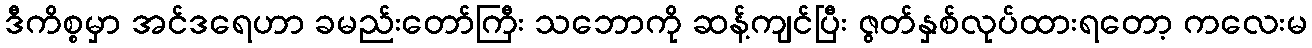
ဒီကိစ္စမှာ အင်ဒရေဟာ ခမည်းတော်ကြီး သဘောကို ဆန့်ကျင်ပြီး ဇွတ်နှစ်လုပ်ထားရတော့ ကလေးမ